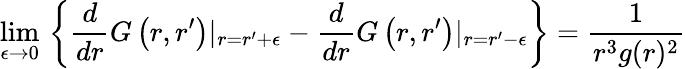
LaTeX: \operatorname*{lim}_{\epsilon\to 0}\, \left\{ \frac{d}{dr}G\left(r,r^{\prime}\right)\vert_{r=r^{\prime}+\epsilon}-\frac{d}{dr}G\left(r,r^{\prime}\right)\vert_{r=r^{\prime}-\epsilon}\right\} =\frac{1}{r^{3}g(r)^{2}}